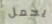
يحمل